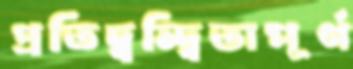
প্রতিদ্বন্দ্বিতাপূর্ণ